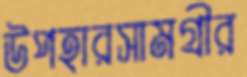
উপহারসামগ্রীর